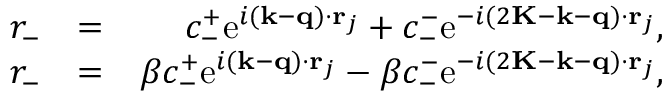
\begin{array} { r l r } { r _ { - } } & { = } & { c _ { - } ^ { + } \mathrm { e } ^ { i ( \mathbf { k } - \mathbf { q } ) \cdot \mathbf { r } _ { j } } + c _ { - } ^ { - } \mathrm { e } ^ { - i ( 2 \mathbf { K } - \mathbf { k } - \mathbf { q } ) \cdot \mathbf { r } _ { j } } , } \\ { r _ { - } } & { = } & { \beta c _ { - } ^ { + } \mathrm { e } ^ { i ( \mathbf { k } - \mathbf { q } ) \cdot \mathbf { r } _ { j } } - \beta c _ { - } ^ { - } \mathrm { e } ^ { - i ( 2 \mathbf { K } - \mathbf { k } - \mathbf { q } ) \cdot \mathbf { r } _ { j } } , } \end{array}